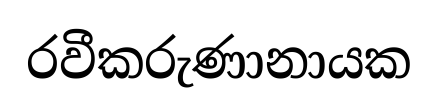
රවීකරුණානායක